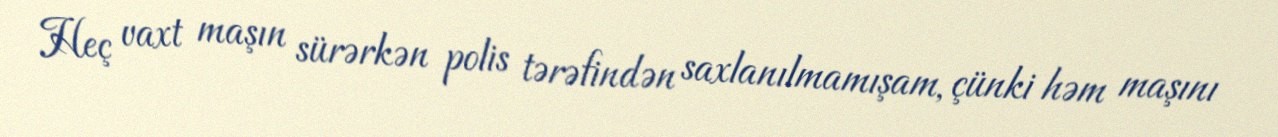
Heç vaxt maşın sürərkən polis tərəfindən saxlanılmamışam, çünki həm maşını